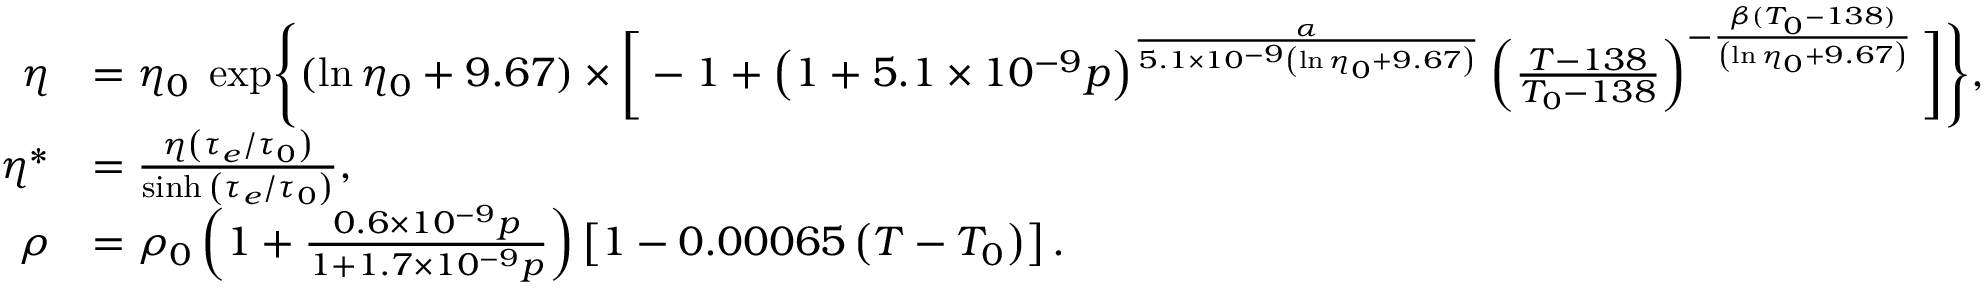
\begin{array} { r l } { \eta } & { = \eta _ { 0 } \; \exp \Biggl \{ ( \ln \eta _ { 0 } + 9 . 6 7 ) \times \bigg [ - 1 + \left( 1 + 5 . 1 \times 1 0 ^ { - 9 } p \right) ^ { \frac { \alpha } { 5 . 1 \times 1 0 ^ { - 9 } \left( \ln \eta _ { 0 } + 9 . 6 7 \right) } } \left( \frac { T - 1 3 8 } { T _ { 0 } - 1 3 8 } \right) ^ { - \frac { \beta ( T _ { 0 } - 1 3 8 ) } { \left( \ln \eta _ { 0 } + 9 . 6 7 \right) } } \bigg ] \Biggl \} , } \\ { \eta ^ { * } } & { = \frac { \eta \left( \tau _ { e } / \tau _ { 0 } \right) } { \sinh { \left( \tau _ { e } / \tau _ { 0 } \right) } } , } \\ { \rho } & { = \rho _ { 0 } \left( 1 + \frac { 0 . 6 \times 1 0 ^ { - 9 } p } { 1 + 1 . 7 \times 1 0 ^ { - 9 } p } \right) \left[ 1 - 0 . 0 0 0 6 5 \left( T - T _ { 0 } \right) \right] . } \end{array}